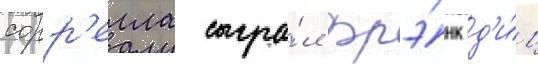
сорр'елла сыгра́л фрэ́нк д'и́ц